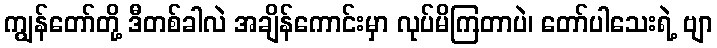
ကျွန်တော်တို့ ဒီတစ်ခါလဲ အချိန်ကောင်းမှာ လုပ်မိကြတာပဲ၊ တော်ပါသေးရဲ့ ဗျာ